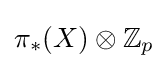
\pi _{*}(X)\otimes \mathbb {Z} _{p}